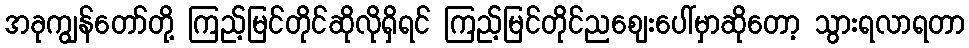
အခုကျွန်တော်တို့ ကြည့်မြင်တိုင်ဆိုလိုရှိရင် ကြည့်မြင်တိုင်ညဈေးပေါ်မှာဆိုတော့ သွားရလာရတာ